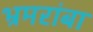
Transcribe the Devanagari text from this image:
भ्रमरांबा